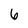
Character: 6